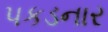
પકડનાર